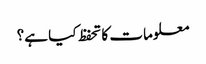
معلومات کا تحفظ کیا ہے؟